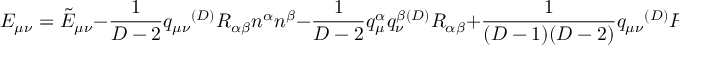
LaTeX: E _ { \mu \nu } = { \tilde { E } } _ { \mu \nu } - \frac { 1 } { D - 2 } q _ { \mu \nu } { } ^ { ( D ) } R _ { \alpha \beta } n ^ { \alpha } n ^ { \beta } - \frac { 1 } { D - 2 } q _ { \mu } ^ { \alpha } q _ { \nu } ^ { \beta } { } ^ { ( D ) } R _ { \alpha \beta } + \frac { 1 } { ( D - 1 ) ( D - 2 ) } q _ { \mu \nu } { } ^ { ( D ) } R ,